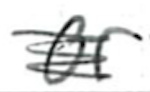
Text: or
Cross-out: scratch
Writing tool: ballpoint